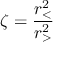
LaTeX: \zeta = \frac { r _ { < } ^ { 2 } } { r _ { > } ^ { 2 } }